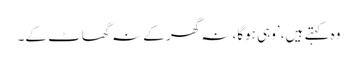
وہ کہتے ہیں، ’وہی ہوگا، نہ گھر کے نہ گھاٹ کے۔